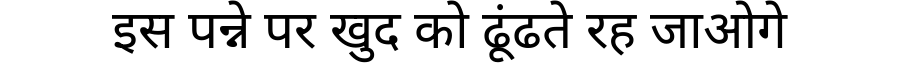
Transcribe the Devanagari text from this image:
इस पन्ने पर खुद को ढूंढते रह जाओगे